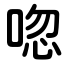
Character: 唿